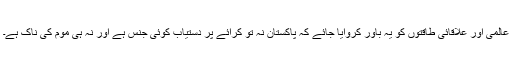
عالمی اور علاقائی طاقتوں کو یہ باور کروایا جائے کہ پاکستان نہ تو کرائے پر دستیاب کوئی جنس ہے اور نہ ہی موم کی ناک ہے۔